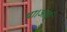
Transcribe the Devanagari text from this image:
था।आई